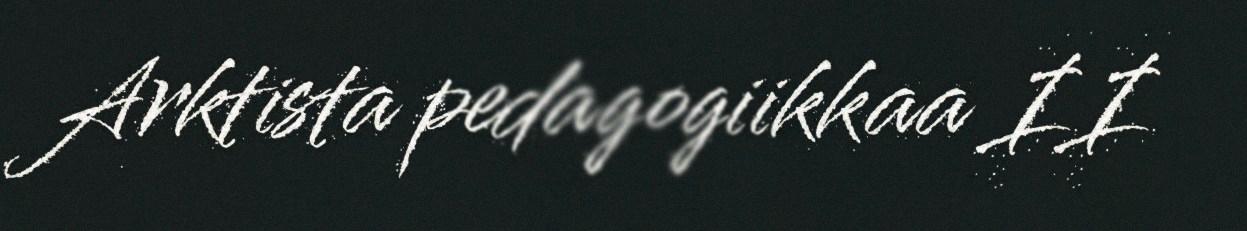
Arktista pedagogiikkaa II